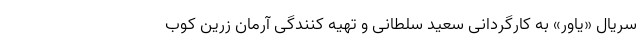
سریال «یاور» به کارگردانی سعید سلطانی و تهیه کنندگی آرمان زرین کوب